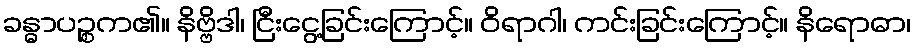
ခန္ဓာပဉ္စက၏။ နိဗ္ဗိဒါ၊ ငြီးငွေ့ခြင်းကြောင့်။ ဝိရာဂါ၊ ကင်းခြင်းကြောင့်။ နိရောဓာ၊